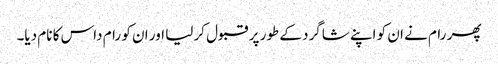
پھر رام نے ان کو اپنے شاگرد کے طور پر قبول کر لیا اور ان کو رام داس کا نام دیا۔